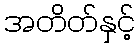
အတိတ်နှင့်